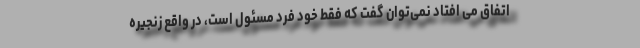
اتفاق می افتاد نمی‌توان گفت که فقط خود فرد مسئول است، در واقع زنجیره